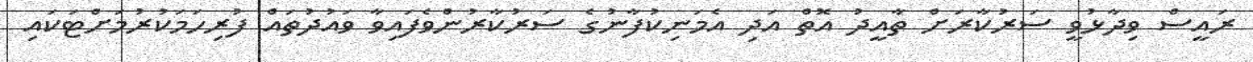
ރައީސް ވިދާޅުވީ ސަރުކާރަށް ތާއީދު އޮތް އަދި އެމަނިިކުފާނުގެ ސަރުކާރުންވެފައިވާ ވައުދުތައް ފުރިހަމަކުރުމަށްޓަކައި